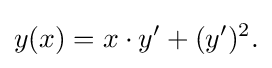
y(x)=x\cdot y'+(y')^{2}.\,\!